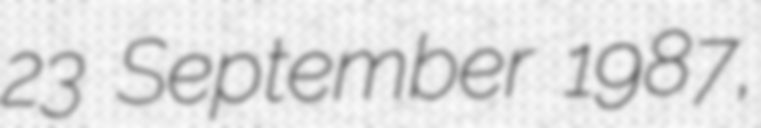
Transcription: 23 September 1987,